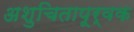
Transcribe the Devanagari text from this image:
अशुचितापूर्वक